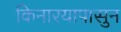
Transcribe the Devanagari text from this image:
किनारयापासुन